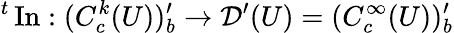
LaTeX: {}^{t}\operatorname{In}:(C_{c}^{k}(U))_{b}^{\prime}\to{\mathcal{D}}^{\prime}(U)=(C_{c}^{\infty}(U))_{b}^{\prime}